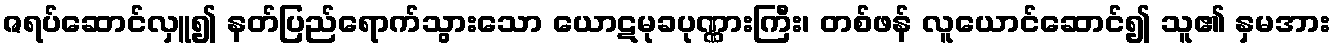
ဇရပ်ဆောင်လှူ၍ နတ်ပြည်ရောက်သွားသော ယောဋမုခပုဏ္ဏားကြီး၊ တစ်ဖန် လူယောင်ဆောင်၍ သူ၏ နှမအား